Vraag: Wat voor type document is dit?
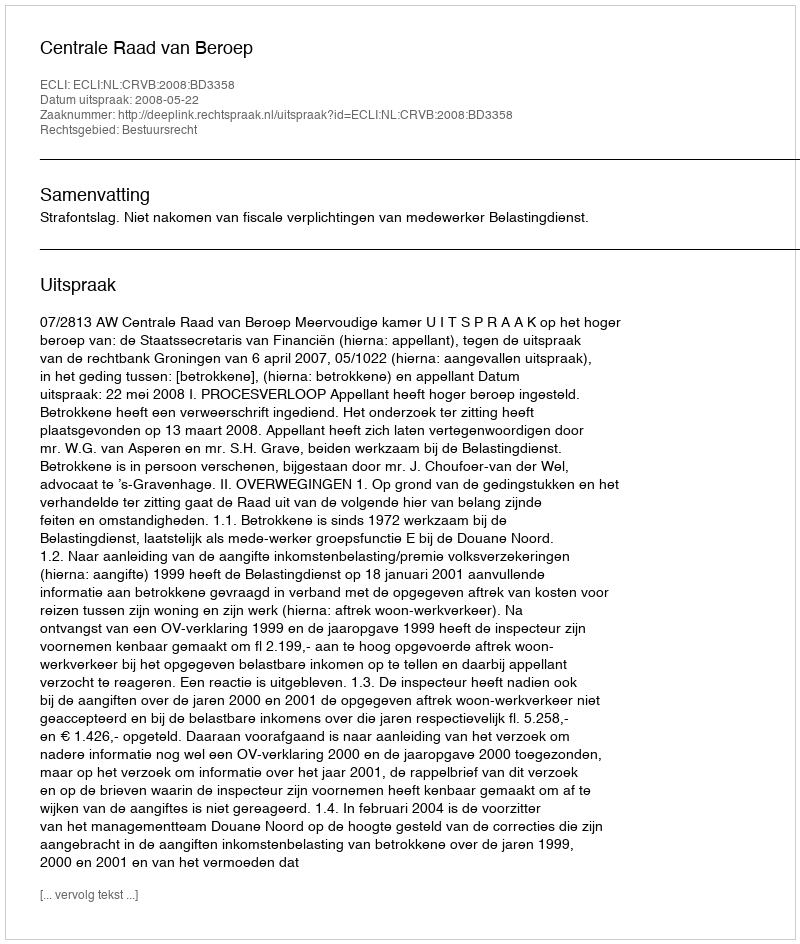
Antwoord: Uitspraak